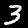
Label: 3